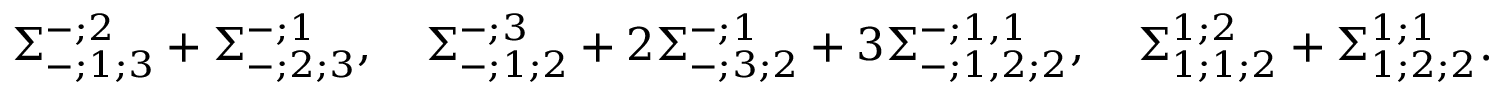
\Sigma _ { - ; 1 ; 3 } ^ { - ; 2 } + \Sigma _ { - ; 2 ; 3 } ^ { - ; 1 } , \quad \Sigma _ { - ; 1 ; 2 } ^ { - ; 3 } + 2 \Sigma _ { - ; 3 ; 2 } ^ { - ; 1 } + 3 \Sigma _ { - ; 1 , 2 ; 2 } ^ { - ; 1 , 1 } , \quad \Sigma _ { 1 ; 1 ; 2 } ^ { 1 ; 2 } + \Sigma _ { 1 ; 2 ; 2 } ^ { 1 ; 1 } .